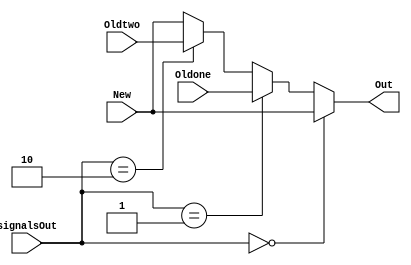
module mux32(
    input [15:0] New,
    input [15:0] Oldone,
    input [15:0] Oldtwo,
    input [1:0] signalsOut,
    output [15:0] Out
    );

    assign Out =
    (signalsOut == 2'b00) ? New :
    (signalsOut == 2'b01) ? Oldone :
    (signalsOut == 2'b10) ? Oldtwo : New;
endmodule